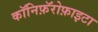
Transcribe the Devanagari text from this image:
कॉनिफ़ॅरोफ़ाइटा